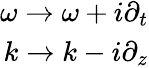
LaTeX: \begin{array}{r}{\omega\rightarrow\omega+i\partial_{t}}\\ {k\rightarrow k-i\partial_{z}}\end{array}